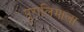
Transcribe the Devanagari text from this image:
पुरालिमाला